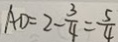
A D = 2 - \frac { 3 } { 4 } = \frac { 5 } { 4 }